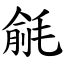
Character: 毹